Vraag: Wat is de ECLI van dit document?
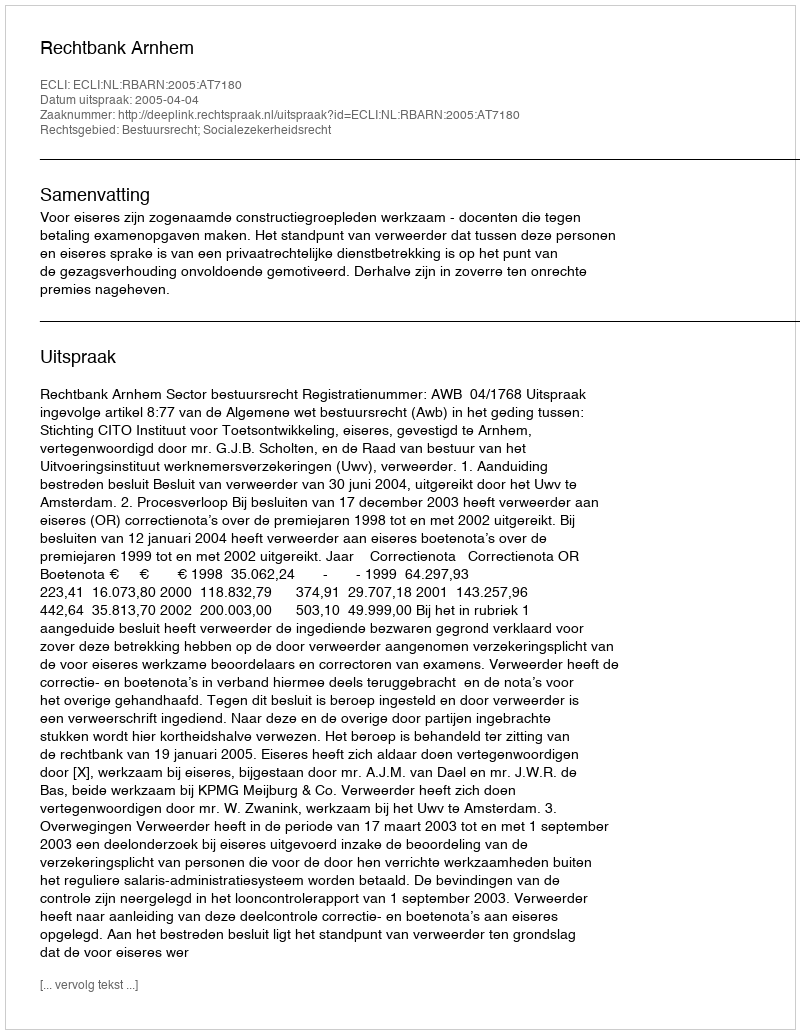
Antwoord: ECLI:NL:RBARN:2005:AT7180